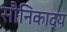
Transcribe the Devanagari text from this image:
सौनिकाद्य